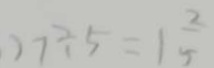
2 7 \div 5 = 1 \frac { 2 } { 5 }